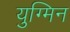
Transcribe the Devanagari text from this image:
युग्मिन